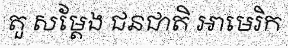
តួ សម្តែង ជនជាតិ អាមេរិក